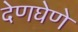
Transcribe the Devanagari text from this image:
देणघेणे